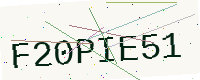
Text: F20PIE51